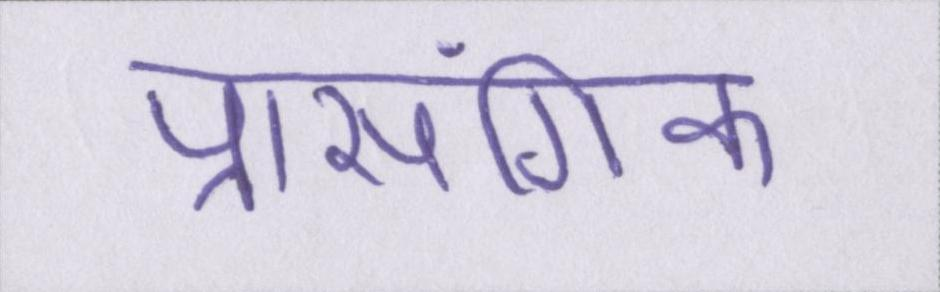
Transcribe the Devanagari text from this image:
प्रासंगिक